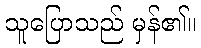
သူပြောသည် မှန်၏။